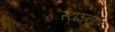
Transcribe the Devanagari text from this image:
स्टाऊनटोन